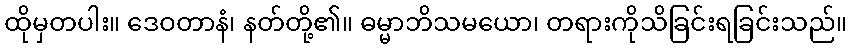
ထိုမှတပါး။ ဒေဝတာနံ၊ နတ်တို့၏။ ဓမ္မာဘိသမယော၊ တရားကိုသိခြင်းရခြင်းသည်။